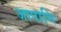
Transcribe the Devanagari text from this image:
जापानि